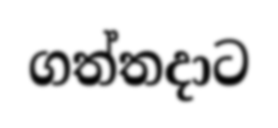
ගත්තදාට